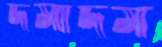
দমাদম